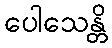
ပေါသေန္တိ